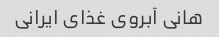
هانی آبروی غذای ایرانی